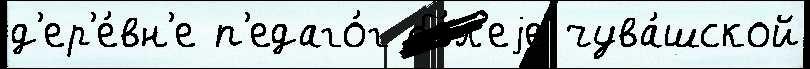
д'ер'е́вн'е п'едаго́г бо́л'еjе чува́шской